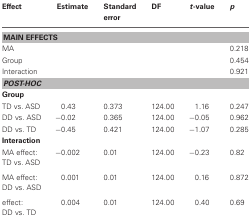
<table><thead><tr><td><b>Effect</b></td><td><b>Estimate</b></td><td><b>Standard error</b></td><td><b>DF</b></td><td><b><i>t</i>-value</b></td><td><b><i>p</i></b></td></tr></thead><tbody><tr><td colspan="6"><b>MAIN EFFECTS</b></td></tr><tr><td>MA</td><td></td><td></td><td></td><td></td><td>0.218</td></tr><tr><td>Group</td><td></td><td></td><td></td><td></td><td>0.454</td></tr><tr><td>Interaction</td><td></td><td></td><td></td><td></td><td>0.921</td></tr><tr><td colspan="6"><b><i>POST-HOC</i></b></td></tr><tr><td colspan="6"><b>Group</b></td></tr><tr><td>TD vs. ASD</td><td>0.43</td><td>0.373</td><td>124.00</td><td>1.16</td><td>0.247</td></tr><tr><td>DD vs. ASD</td><td>−0.02</td><td>0.365</td><td>124.00</td><td>−0.05</td><td>0.962</td></tr><tr><td>DD vs. TD</td><td>−0.45</td><td>0.421</td><td>124.00</td><td>−1.07</td><td>0.285</td></tr><tr><td colspan="6"><b>Interaction</b></td></tr><tr><td>MA effect: TD vs. ASD</td><td>−0.002</td><td>0.01</td><td>124.00</td><td>−0.23</td><td>0.82</td></tr><tr><td>MA effect: DD vs. ASD</td><td>0.001</td><td>0.01</td><td>124.00</td><td>0.16</td><td>0.872</td></tr><tr><td>effect: DD vs. TD</td><td>0.004</td><td>0.01</td><td>124.00</td><td>0.40</td><td>0.69</td></tr></tbody></table>